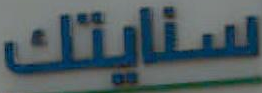
سنايتك